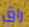
راق